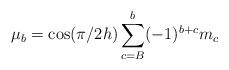
LaTeX: \begin{align*}\mu_b = \cos(\pi/2h)\sum_{c=B}^b(-1)^{b+c}m_c\end{align*}